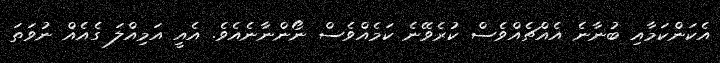
އެކަންކަމާއި ބުނާނެ އެއްޗެއްވެސް ކުރެވޭނެ ކަމެއްވެސް ނޯންނާނެއެވެ. އެއީ އަމިއްލަ ގެއެއް ނުވަތަ